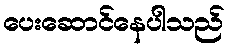
ပေးဆောင်နေပါသည်